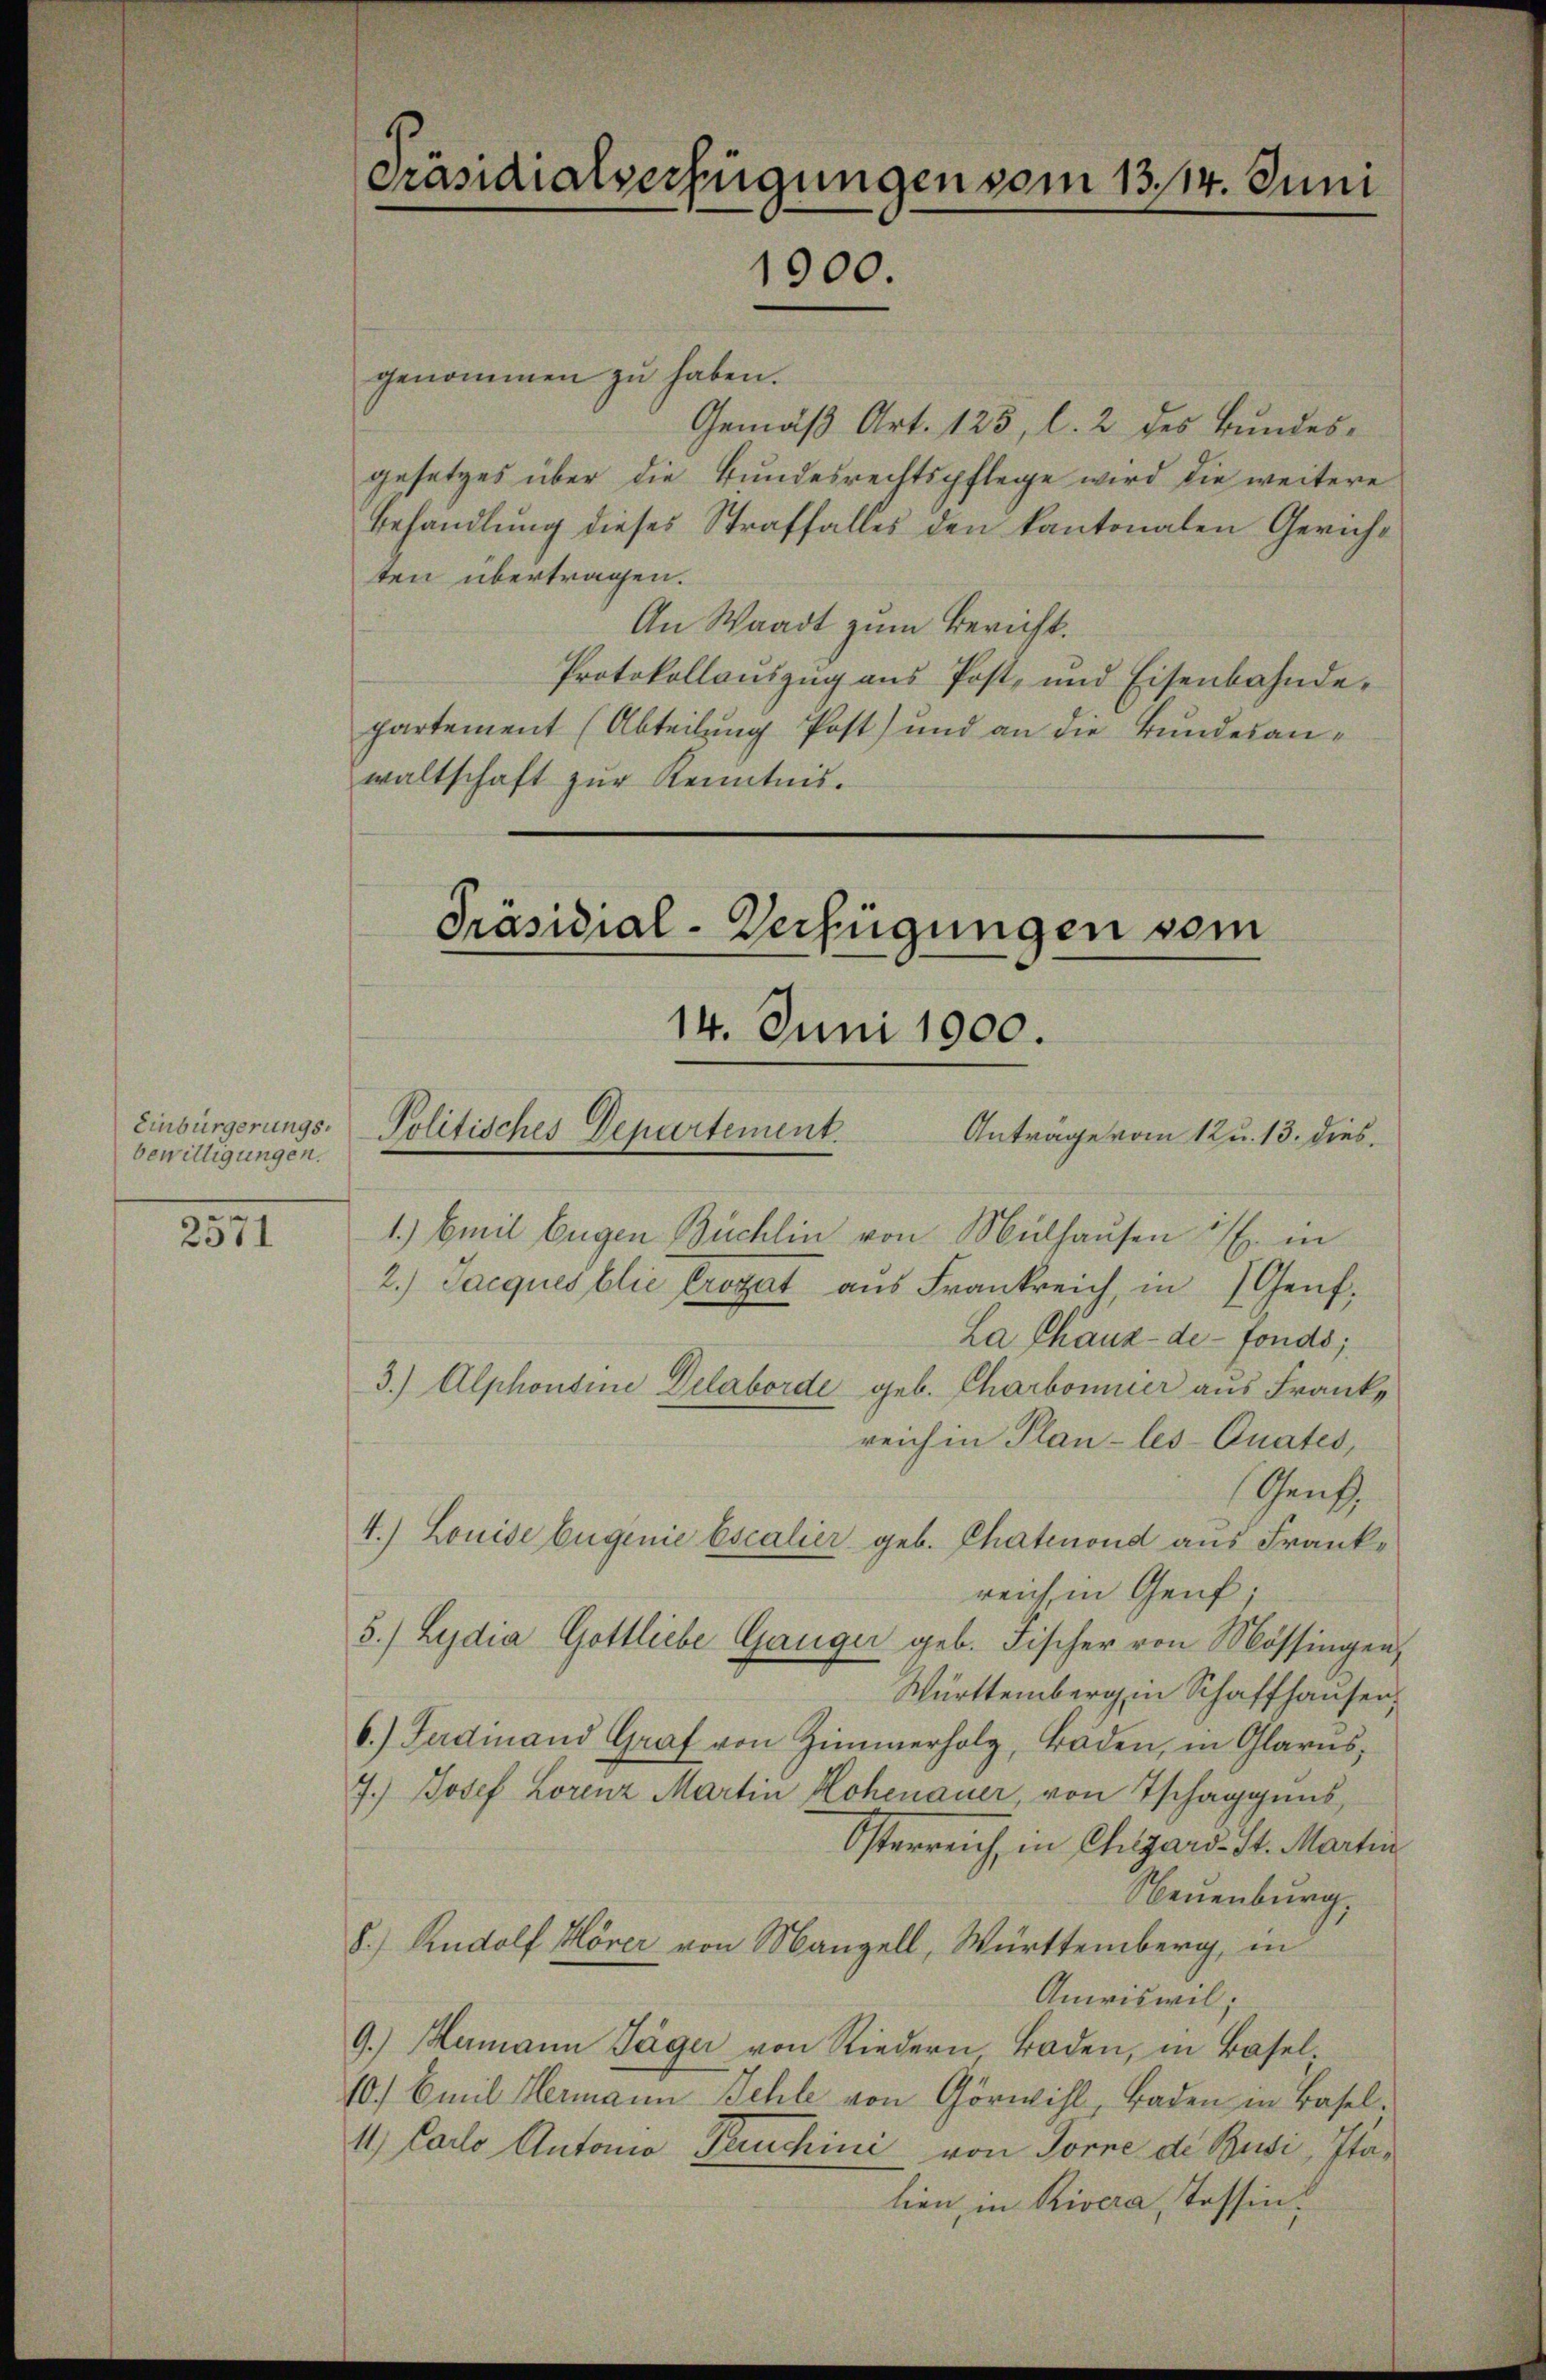
Einbürgerungsbewilligungen.

2571

genommen zŭ haben.
Gemäß Art. 125, l. 2 des Bundesgesetzes über die Bundesrechtspflege wird die weitere
Behandlung dieses Straffalles den kantonalen Gericht
ten übertragen.
An Waadt zum Bericht.
Protokollauszug aus Post- und Eisenbahndepartement (Abteilung Post) und an die Bundesanwaltschaft zur Kenntnis.

Präsidialverfügungen vom 13. 14. Juni
1900.

Präsidial-Verfügungen vom
14. Juni 1900.
Politisches Departement.
Anträge vom 12 u. 13. dies

1.) Emil Eugen Büchlin von Mülhausen u. in
2.) Jacques blie Crogat aus Frankreich, in Genf.
La Chaux-de-Fonds;
3.) Alphonsine Delaborde geb. Charbonner aus Frank,
reich in Plan-les-Quates,
(Genf,
4.) Louise Eugenie Escalier geb. Chatenond aus Frankreich in Genf;
5.) Lydia Gottliebe Ganger geb. Fischer von Mössingen,
Württemberg in Schaffhausen
6.) Ferdinand Graf von Zimmerholz, Baden, in Glarus,
7.) Josef Lorenz Martin Hohenauer, von Tschaggens,
Osterreich, in Chlgard St. Martin
Neuenburg,
8.) Rudolf Hörer von Manzell, Württemberg, in
Amriswil;
9.) Hamann Täger von Riedern Boden, in Basel
10.) Emil Hermann Schle von Görwihl, Baden in Basel¬
11.) Carlo Antonio Teuchini von Torne de Busi, Italien, in Rivera, Tessin¬